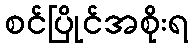
စင်ပြိုင်အစိုးရ